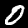
Digit: 0